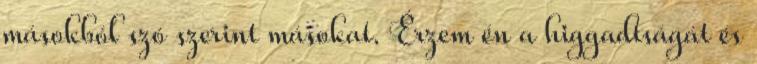
másokból szó szerint másokat. Érzem én a higgadtságát és